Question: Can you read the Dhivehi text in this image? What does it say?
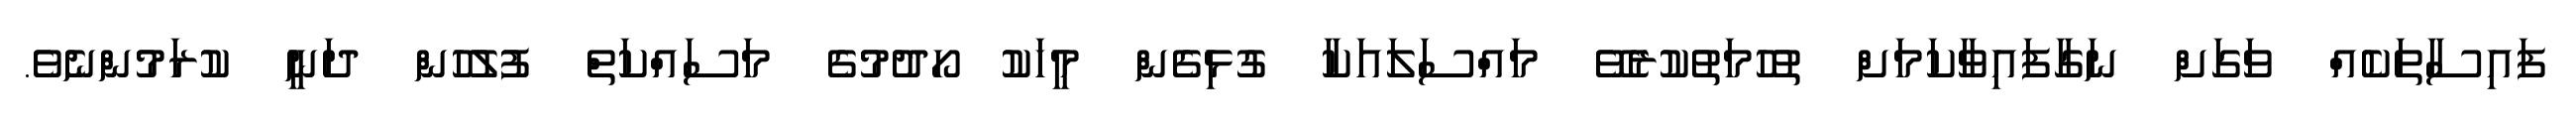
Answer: ފައިސާތަކެއް ވަގަށް ނަގާފައިވާކަމަށް ތުހުމަތުކުރެވޭ މައްސަލައަކާ ގުޅިގެން މީހަކު ހޯދުމުގެ މަސައްކަތް ފުލުހުން ދަނީ ކުރަމުންނެވެ.